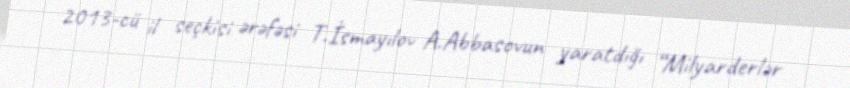
2013-cü il seçkisi ərəfəsi T.İsmayılov A.Abbasovun yaratdığı “Milyarderlər